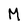
Character: M